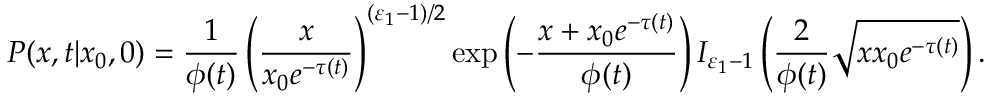
P ( x , t | x _ { 0 } , 0 ) = \frac { 1 } { \phi ( t ) } \left( \frac { x } { x _ { 0 } e ^ { - \tau ( t ) } } \right) ^ { ( \varepsilon _ { 1 } - 1 ) / 2 } \exp \left( - \frac { x + x _ { 0 } e ^ { - \tau ( t ) } } { \phi ( t ) } \right) I _ { \varepsilon _ { 1 } - 1 } \left( \frac { 2 } { \phi ( t ) } \sqrt { x x _ { 0 } e ^ { - \tau ( t ) } } \right) .